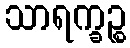
သာရက္ခဉ္စ